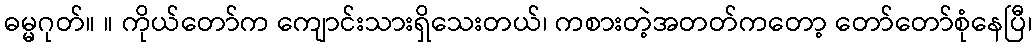
ဓမ္မဂုတ်။ ။ ကိုယ်တော်က ကျောင်းသားရှိသေးတယ်၊ ကစားတဲ့အတတ်ကတော့ တော်တော်စုံနေပြီ၊